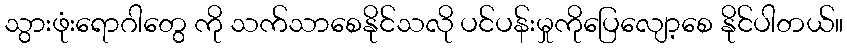
သွားဖုံးရောဂါတွေ ကို သက်သာစေနိုင်သလို ပင်ပန်းမှုကိုပြေလျော့စေ နိုင်ပါတယ်။